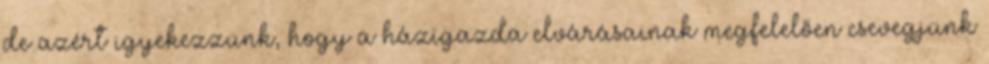
de azért igyekezzünk, hogy a házigazda elvárásainak megfelelően csevegjünk